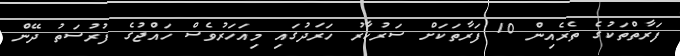
ފަރާތްތަކުގެ ތެރެއިން 10 ފަރާތަކަށް ސަރުކާރު ހަރަދުގައި މިއަހަރުވެސް ހައްޖުގެ ފުރުސަތު ދޭން